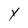
Character: Y